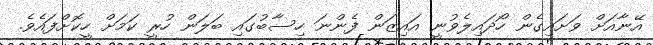
އޭނާއަށް ވަށައިގެން ހޯދައިލެވުނީ އައިޒަން ފެންނަ ހިސާބުގައި ބަލަން ހުރީ ކަމަށް ހީކޮށްފައެވެ.